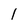
Character: I